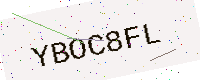
Text: YBOC8FL